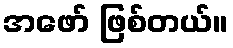
အဖော် ဖြစ်တယ်။